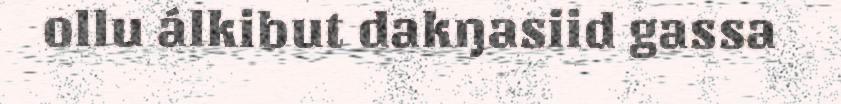
ollu álkibut dakŋasiid gassa